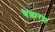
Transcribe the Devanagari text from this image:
वैशारद्य